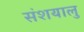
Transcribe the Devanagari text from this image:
संशयालु